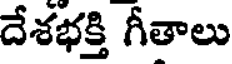
దేశభక్తి గీతాలు